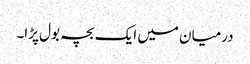
درمیان میں ایک بچہ بول پڑا۔